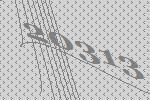
20313